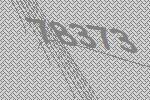
78373